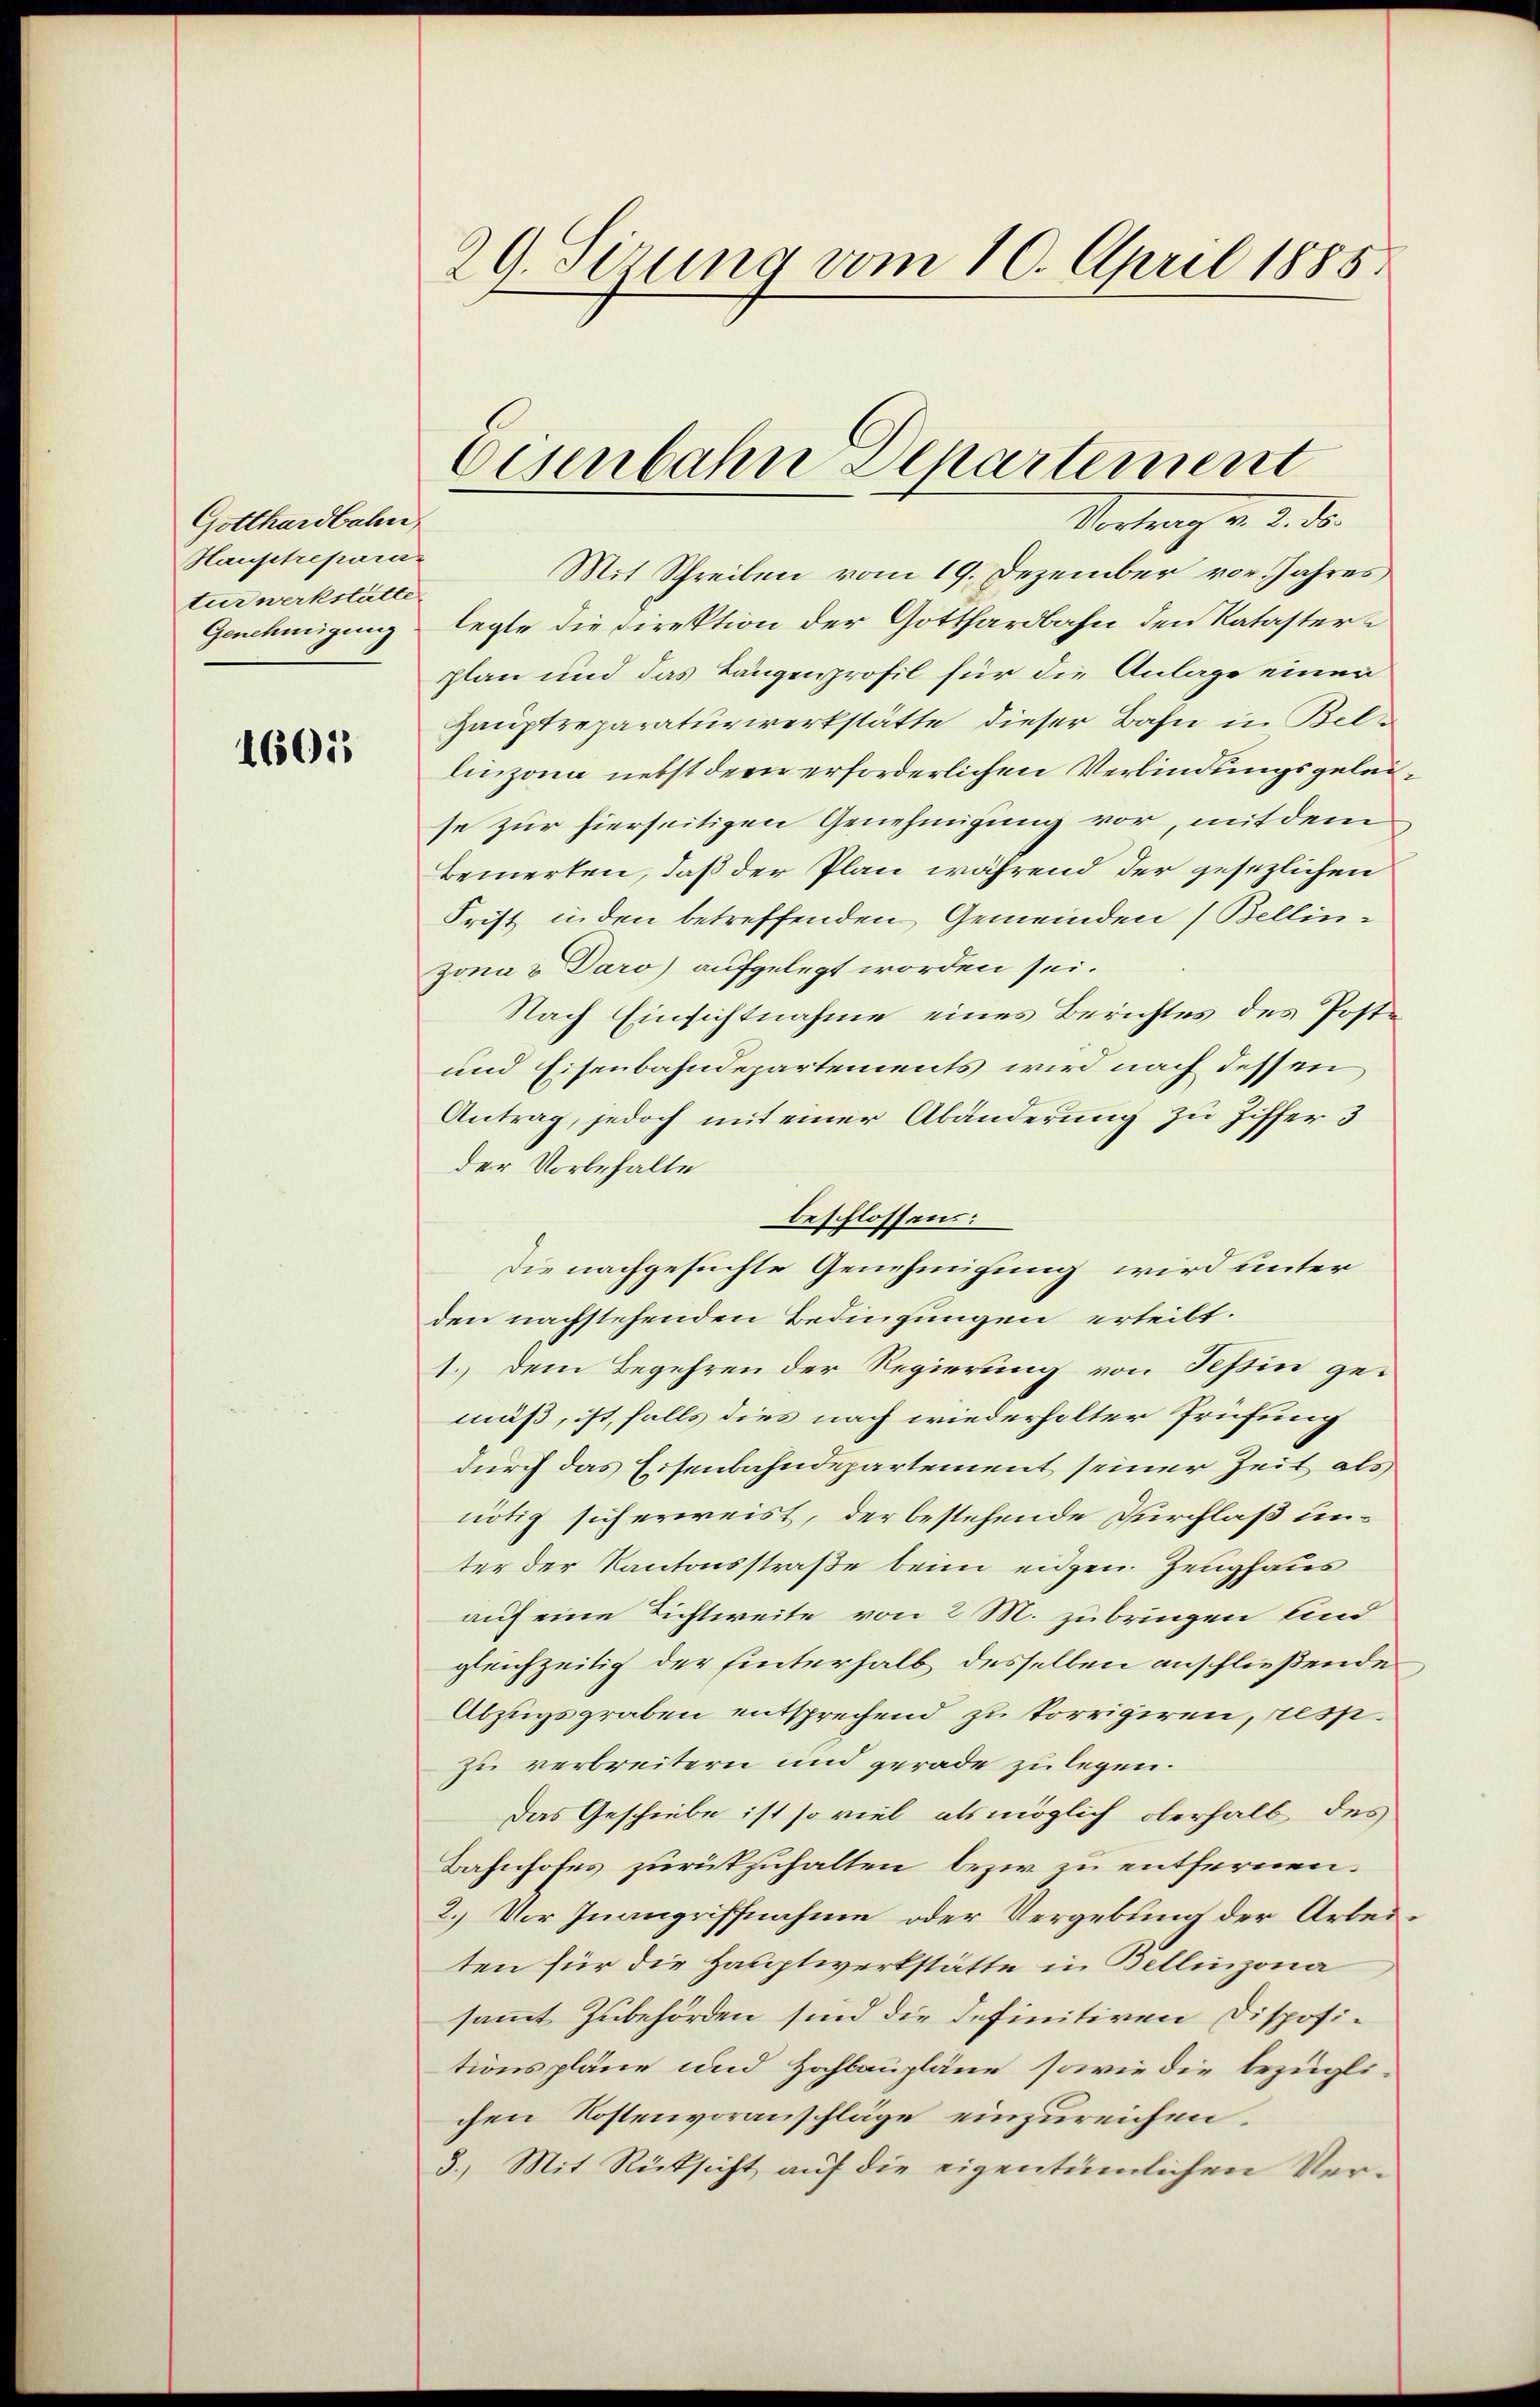
Gotthardbahn
Hauptrepara
turwerkstatte.

1601

29. Sizung vom 10. April 1885

Vortrag v. 2. d.
Mit Schreiben vom 19. Dezember vor. Jahres
Genehmigung legte die Direktion der Gotthardbahn den Katasterplan und das Längenprofil für die Anlage einen
Hauptreparaturwerkstätte dieser Bahn in Bellinzona nebst der erforderlichen Verbindungsgeleise zur hierseitigen Genehmigung vor, mit dem
Bemerken, daß der Plan während der gesezlichen
Frist in den betreffenden Gemeinden (Bellinzona & Daro) aufgelegt worden sei.
Nach Einsichtnahme eines Berichtes des Post¬
und Eisenbahndepartements wird nach dessen
Antrag, jedoch mit einer Abänderung zu Ziffer 3
der Vorbehalte
beschlossen:
Die nachgesuchte Genehmigung wird unter
den nachstehenden Bedingungen erteilt.
1. Dem Begehren der Regierung von Schein gemuß, ist, falls dies nach wiederholter Prüfung
durch das Eisenbahndepartement seiner Zeit als
nötig sich erweist, der bestehende Durchlaß unter der Kantonsstraße beim eidgen. Zeughaus
auf eine Lichtweite von 2 M. zubringen sind
gleichzeitig der hinterhalb desselben anschließende
Abzugsgraben entsprechend zu korrigiren, resp.
zu verbreitern und gerade zu legen.
Das Geschiebe ist so viel als möglich oberhalb des
Bahnhofes zurückzuhalten bezi zu entfernen.
2.) Vor Inangriffnahme oder Vergebung der Arbeiten für die Hauptwerkstätte in Bellinzona
sammt Zubehörden sind die definitiven Dispositionspläne und Hochlaupläne sowie die bezügli-
chen Kostenvoranschläge einzureichen.
3.) Mit Rücksicht auf die eigentümlichen Ver¬

Eisenbahn Departement